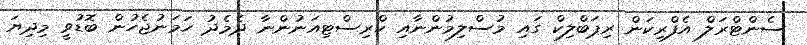
ސެންޓްރަލް އެފްރިކަން ރިޕަބްލިކް ގައި މުސްލިމުންނާއި ކްރިސްޓިއަނުންނާ ދެމެދު ހަމަނުޖެހުން ބޮޑުވީ މިދިޔަ